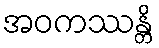
အဝကဿန္တိ